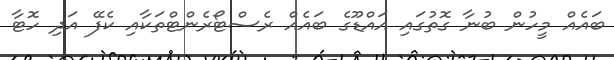
ބައެއް މީހުން ބުނާ ގޮތުގައި އައްޑޫގެ ބައެއް ރެސްޓޯރެންޓްތަކާއި ކެފޭ އަދި ހޮޓާ